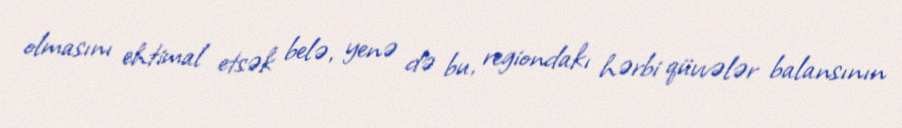
olmasını ehtimal etsək belə, yenə də bu, regiondakı hərbi qüvvələr balansının